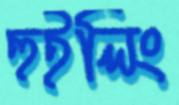
হুইলিং